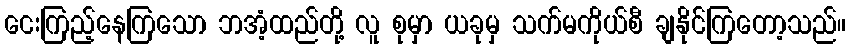
ငေးကြည့်နေကြသော ဘအံ့ထည်တို့ လူ စုမှာ ယခုမှ သက်မကိုယ်စီ ချနိုင်ကြတော့သည်။